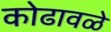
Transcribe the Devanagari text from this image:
कोढावळे